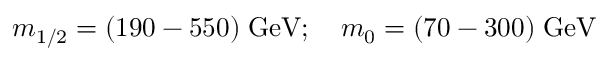
m _ { 1 / 2 } = ( 1 9 0 - 5 5 0 ) \; \mathrm { G e V } ; \quad m _ { 0 } = ( 7 0 - 3 0 0 ) \; \mathrm { G e V }